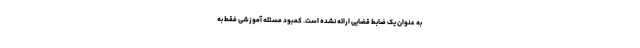
به عنوان یک ضابط قضایی ارائه نشده است. کمبود مسئله آموزشی فقط به